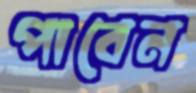
পাবেন